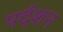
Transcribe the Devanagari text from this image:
पर्दशन